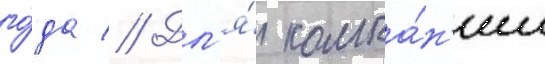
го́да // Дл'я́ компа́н'ии